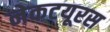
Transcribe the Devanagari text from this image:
नेकटयूरस